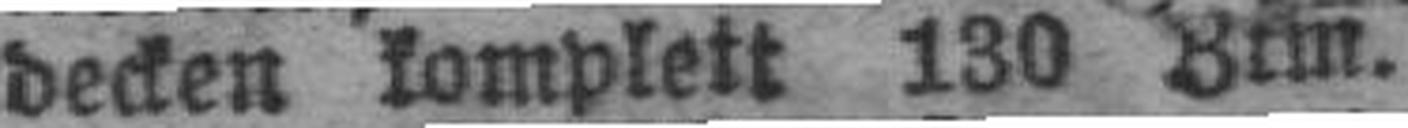
decken komplett 130 Ztm.